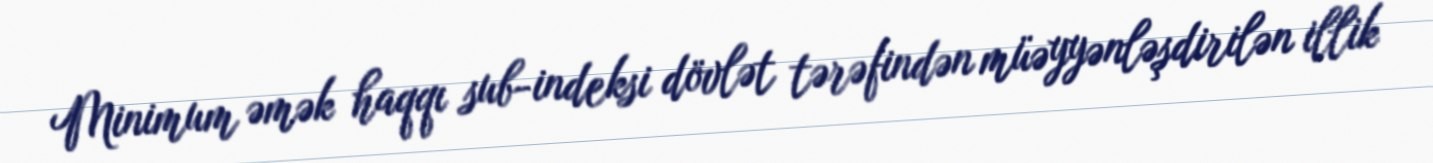
Minimum əmək haqqı sub-indeksi dövlət tərəfindən müəyyənləşdirilən illik